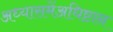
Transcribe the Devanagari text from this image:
अध्यासमेंअधिष्टान